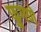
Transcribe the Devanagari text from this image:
फुगणे